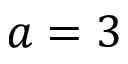
a = 3